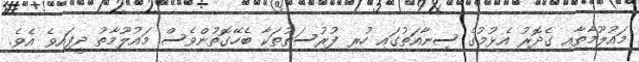
މައުލޫމާތާއި ގެދޮޮރު އެޅުމުގެ ސިނާއަތުގައި ހުރި ފުރުސަތުތަކާ ބެހޭގޮތުންވެސް މައުލޫމާތު ދީފައިވެ އެވެ.